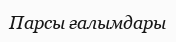
Парсы ғалымдары